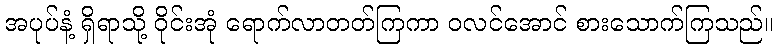
အပုပ်နံ့ ရှိရာသို့ ဝိုင်းအုံ ရောက်လာတတ်ကြကာ ဝလင်အောင် စားသောက်ကြသည်။